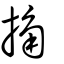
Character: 捔